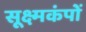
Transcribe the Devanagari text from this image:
सूक्ष्मकंपों